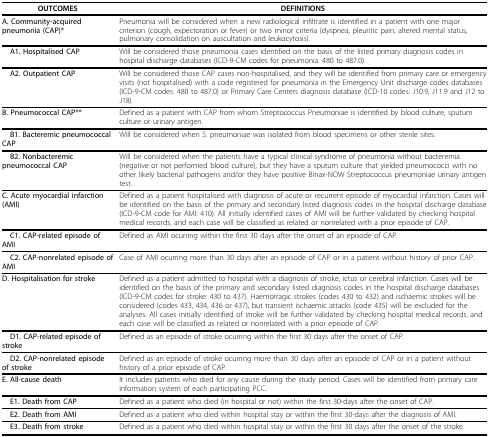
<table><thead><tr><td><b>OUTCOMES</b></td><td><b>DEFINITIONS</b></td></tr></thead><tbody><tr><td><b>A. Community-acquired pneumonia (CAP)*</b></td><td>Pneumonia will be considered when a new radiological infiltrate is identified in a patient with one major criterion (cough, expectoration or fever) or two minor criteria (dyspnea, pleuritic pain, altered mental status, pulmonary consolidation on auscultation and leukocytosis).</td></tr><tr><td> <b>A1. Hospitalised CAP</b></td><td>Will be considered those pneumonia cases identified on the basis of the listed primary diagnosis codes in hospital discharge databases (ICD-9-CM codes for pneumonia: 480 to 487.0).</td></tr><tr><td> <b>A2. Outpatient CAP</b></td><td>Will be considered those CAP cases non-hospitalised, and they will be identified from primary care or emergency visits (not hospitalised) with a code registered for pneumonia in the Emergency Unit discharge codes databases (ICD-9-CM codes: 480 to 487.0) or Primary Care Centers diagnosis database (ICD-10 codes: J10.9, J11.9 and J12 to J18).</td></tr><tr><td><b>B. Pneumococcal CAP**</b></td><td>Defined as a patient with CAP from whom Streptococcus Pneumoniae is identified by blood culture, sputum culture or urinary antigen.</td></tr><tr><td> <b>B1. Bacteremic pneumococcal CAP</b></td><td>Will be considered when S. pneumoniae was isolated from blood specimens or other sterile sites.</td></tr><tr><td> <b>B2. Nonbacteremic pneumococcal CAP</b></td><td>Will be considered when the patients have a typical clinical syndrome of pneumonia without bacteremia (negative or not performed blood culture), but they have a sputum culture that yielded pneumococci with no other likely bacterial pathogens and/or they have positive Binax-NOW Streptococcus pneumoniae urinary antigen test.</td></tr><tr><td><b>C. Acute myocardial infarction (AMI)</b></td><td>Defined as a patient hospitalised with diagnosis of acute or recurrent episode of myocardial infarction. Cases will be identified on the basis of the primary and secondary listed diagnosis codes in the hospital discharge database (ICD-9-CM code for AMI: 410). All initially identified cases of AMI will be further validated by checking hospital medical records, and each case will be classified as related or nonrelated with a prior episode of CAP.</td></tr><tr><td> <b>C1. CAP-related episode of AMI</b></td><td>Defined as AMI ocurring within the first 30 days after the onset of an episode of CAP.</td></tr><tr><td> <b>C2. CAP-nonrelated episode of AMI</b></td><td>Case of AMI ocurring more than 30 days after an episode of CAP or in a patient without history of prior CAP.</td></tr><tr><td><b>D. Hospitalisation for stroke</b></td><td>Defined as a patient admitted to hospital with a diagnosis of stroke, ictus or cerebral infarction. Cases will be identified on the basis of the primary and secondary listed diagnosis codes in the hospital discharge databases (ICD-9-CM codes for stroke: 430 to 437). Haemorragic strokes (codes 430 to 432) and ischaemic strokes will be considered (codes 433, 434, 436 or 437), but transient ischaemic attacks (code 435) will be excluded for the analyses. All cases initially identified of stroke will be further validated by checking hospital medical records, and each case will be classified as related or nonrelated with a prior episode of CAP.</td></tr><tr><td> <b>D1. CAP-related episode of stroke</b></td><td>Defined as an episode of stroke ocurring within the first 30 days after the onset of CAP.</td></tr><tr><td> <b>D2. CAP-nonrelated episode of stroke</b></td><td>Defined as an episode of stroke ocurring more than 30 days after an episode of CAP or in a patient without history of a prior episode of CAP.</td></tr><tr><td><b>E. All-cause death</b></td><td>It includes patients who died for any cause during the study period. Cases will be identified from primary care information system of each participating PCC.</td></tr><tr><td> <b>E1. Death from CAP</b></td><td>Defined as a patient who died (in hospital or not) within the first 30-days after the onset of CAP.</td></tr><tr><td> <b>E2. Death from AMI</b></td><td>Defined as a patient who died within hospital stay or within the first 30-days after the diagnosis of AMI.</td></tr><tr><td> <b>E3. Death from stroke</b></td><td>Defined as a patient who died within hospital stay or within the first 30 days after the onset of the stroke.</td></tr></tbody></table>